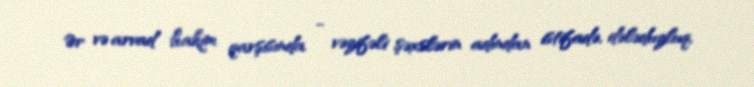
Ər və arvad hakim qarşısında - vəzifəli şəxslərin adından istifadə, dələduzluq,